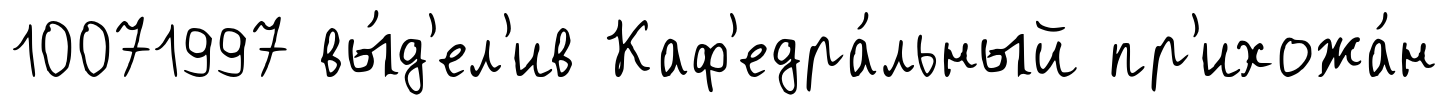
10071997 вы́д'ел'ив Каф'едра́льный пр'ихожа́н